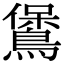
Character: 𪃁